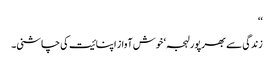
‘‘
زندگی سے بھرپور لہجہ ‘ خوش آواز اپنائیت کی چاشنی۔